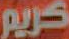
كريم